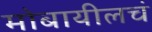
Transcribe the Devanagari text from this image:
मोबायीलचं